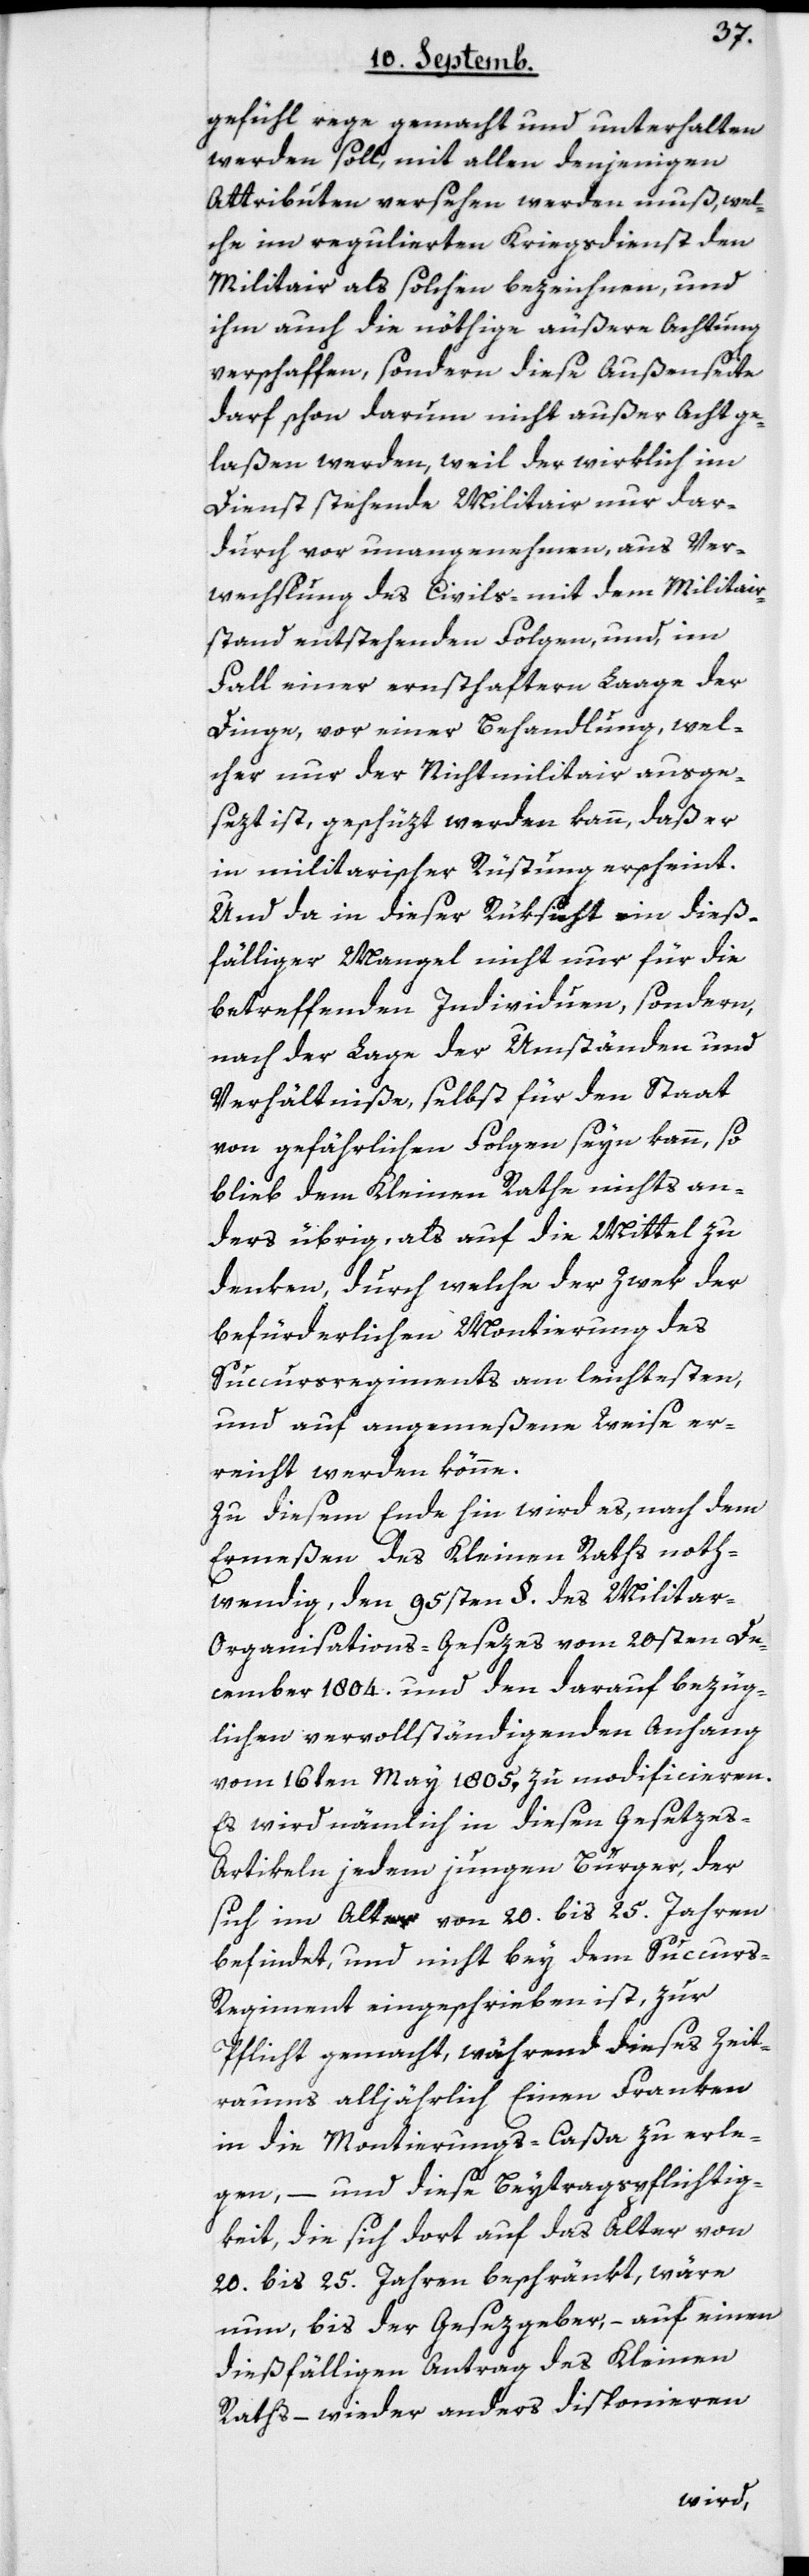
gefühl rege gemacht und unterhalten
werden soll, mit allen denjenigen
Attributen versehen werden muß, wel¬
che im regulierten Kriegsdienst den
Militair als solchen bezeichnen, und
ihm auch die nöthige äußere Achtung
verschaffen, sondern diese Außenseite
darf schon darum nicht außer Acht ge¬
laßen werden, weil der wirklich im
Dienst stehende Militair nur dar¬
durch vor unangenehmen, aus Ver¬
wechslung des Civils- mit dem Militair¬
stand entstehenden Folgen, und im
Fall einer ernsthaftern Laage der
Dinge, vor einer Behandlung, wel¬
cher nur der Nichtmilitair ausge¬
sezt ist, geschüzt werden kann, daß er
in militarischer Rüstung erscheint.
Und da in dieser Rüksicht ein dieß¬
fälliger Mangel nicht nur für die
betreffenden Individuen, sondern,
nach der Lage der Umständen und
Verhältniße, selbst für den Staat
von gefährlichen Folgen seyn kann, so
blieb dem Kleinen Rathe nichts an¬
ders übrig, als auf die Mittel zu
denken, durch welche der Zwek der
befürderlichen Montierung des
Succursregiments am leichtesten
und auf angemeßene Weise er¬
reicht werden könne.
Zu diesem Ende hin wird es, nach dem
Ermeßen des Kleinen Raths noth¬
wendig, den 95sten §. des Milita¬
r-Organisations-Gesezes vom 20sten De¬
cember 1804. und den darauf bezüg¬
lichen vervollständigenden Anhang
vom 16ten May 1805, zu modificieren.
Es wird nämlich in diesen Geseze¬
s-Artikeln jedem jungen Bürger, der
sich im Alter von 20. bis 25. Jahren
befindet, und nicht bey dem Succur¬
s-Regiment eingeschrieben ist, zur
Pflicht gemacht, während dieses Zeit¬
raums alljährlich Einen Franken
in die Montierungs-Caßa zu erle¬
gen, – und diese Beytragspflichtig¬
keit, die sich dort auf das Alter von
20. bis 25. Jahren beschränkt, wäre
nun, bis der Gesezgeber, – auf einen
dießfälligen Antrag des Kleinen
Raths, – wieder anders disponieren